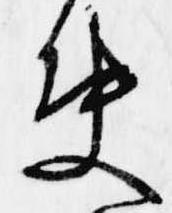
決